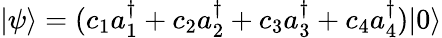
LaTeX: |\psi\rangle=(c_{1}a_{1}^{\dagger}+c_{2}a_{2}^{\dagger}+c_{3}a_{3}^{\dagger}+c_{4}a_{4}^{\dagger})|0\rangle